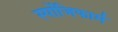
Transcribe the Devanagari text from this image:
स्पोंजिफार्म